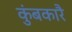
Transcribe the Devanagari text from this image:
कुंबकारै